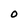
Character: O